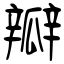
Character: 瓣